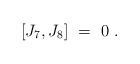
LaTeX: \begin{align*} [ J_7, J_8]\ =\ 0\ .\end{align*}